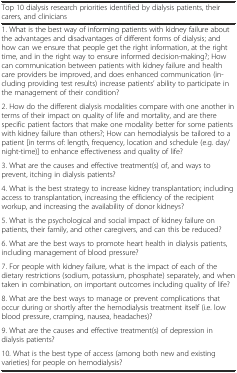
<table><thead><tr><td><b>Top 10 dialysis research priorities identified by dialysis patients, their carers, and clinicians</b></td></tr></thead><tbody><tr><td>1. What is the best way of informing patients with kidney failure about the advantages and disadvantages of different forms of dialysis; and how can we ensure that people get the right information, at the right time, and in the right way to ensure informed decision-making?; How can communication between patients with kidney failure and health care providers be improved, and does enhanced communication (including providing test results) increase patients’ ability to participate in the management of their condition?</td></tr><tr><td>2. How do the different dialysis modalities compare with one another in terms of their impact on quality of life and mortality, and are there specific patient factors that make one modality better for some patients with kidney failure than others?; How can hemodialysis be tailored to a patient [in terms of: length, frequency, location and schedule (e.g. day/night-time)] to enhance effectiveness and quality of life?</td></tr><tr><td>3. What are the causes and effective treatment(s) of, and ways to prevent, itching in dialysis patients?</td></tr><tr><td>4. What is the best strategy to increase kidney transplantation; including access to transplantation, increasing the efficiency of the recipient workup, and increasing the availability of donor kidneys?</td></tr><tr><td>5. What is the psychological and social impact of kidney failure on patients, their family, and other caregivers, and can this be reduced?</td></tr><tr><td>6. What are the best ways to promote heart health in dialysis patients, including management of blood pressure?</td></tr><tr><td>7. For people with kidney failure, what is the impact of each of the dietary restrictions (sodium, potassium, phosphate) separately, and when taken in combination, on important outcomes including quality of life?</td></tr><tr><td>8. What are the best ways to manage or prevent complications that occur during or shortly after the hemodialysis treatment itself (i.e. low blood pressure, cramping, nausea, headaches)?</td></tr><tr><td>9. What are the causes and effective treatment(s) of depression in dialysis patients?</td></tr><tr><td>10. What is the best type of access (among both new and existing varieties) for people on hemodialysis?</td></tr></tbody></table>